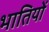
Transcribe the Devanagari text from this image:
भातियों